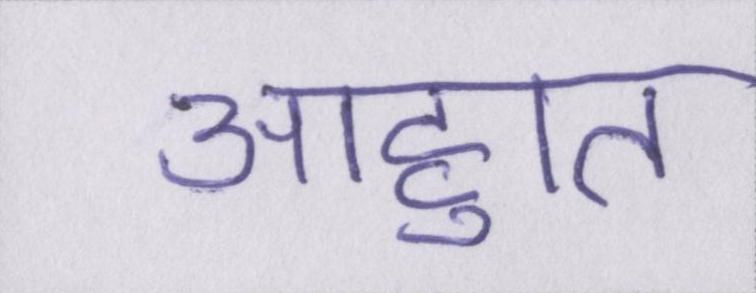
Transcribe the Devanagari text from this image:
आहुति